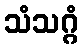
သံသဂ္ဂံ